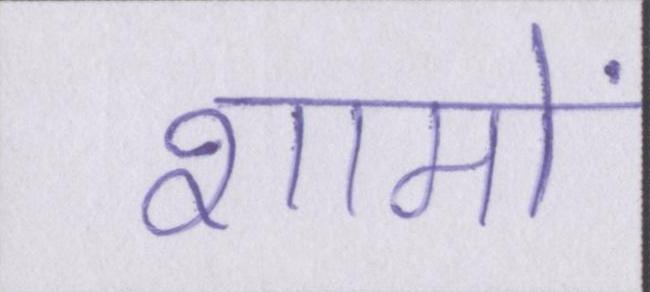
शामों